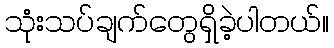
သုံးသပ်ချက်တွေရှိခဲ့ပါတယ်။